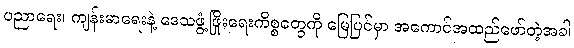
ပညာရေး၊ ကျန်းမာရေးနဲ့ ဒေသဖွံ့ဖြိုးရေးကိစ္စတွေကို မြေပြင်မှာ အကောင်အထည်ဖော်တဲ့အခါ